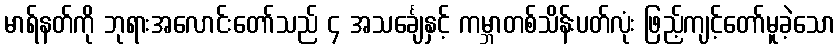
မာရ်နတ်ကို ဘုရားအလောင်းတော်သည် ၄ အသင်္ချေနှင့် ကမ္ဘာတစ်သိန်းပတ်လုံး ဖြည့်ကျင့်တော်မူခဲ့သော